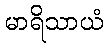
မာရိသာယံ